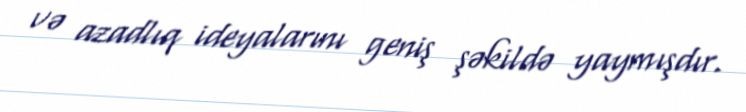
və azadlıq ideyalarını geniş şəkildə yaymışdır.